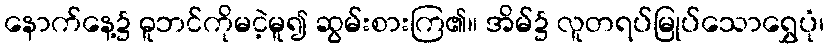
နောက်နေ့၌ ဓူဘင်ကိုမငဲ့မူ၍ ဆွမ်းစားကြ၏။ အိမ်၌ လူတရပ်မြုပ်သောရွှေပုံ၊